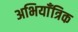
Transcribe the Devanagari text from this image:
अभियाँत्रिक